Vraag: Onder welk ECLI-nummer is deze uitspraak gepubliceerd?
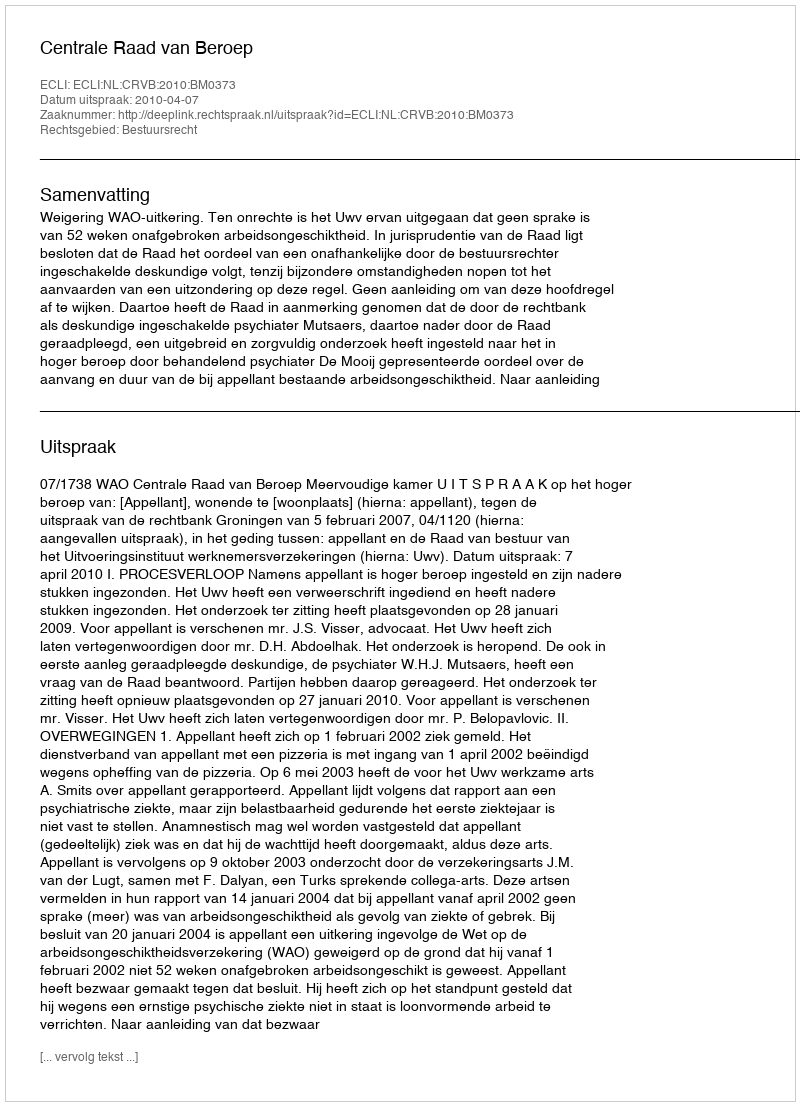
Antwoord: ECLI:NL:CRVB:2010:BM0373